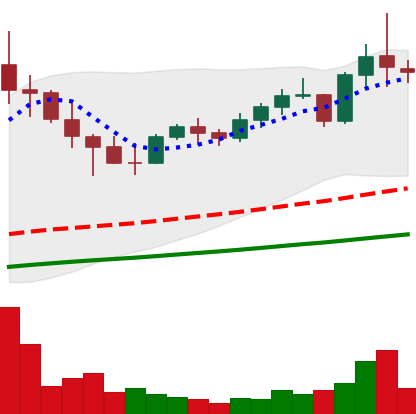
Ticker: NEO-USD
Chart end date: 2021-05-08
Forward return: -17.015%
Label: down_7plus